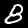
Label: 8